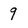
Character: 9